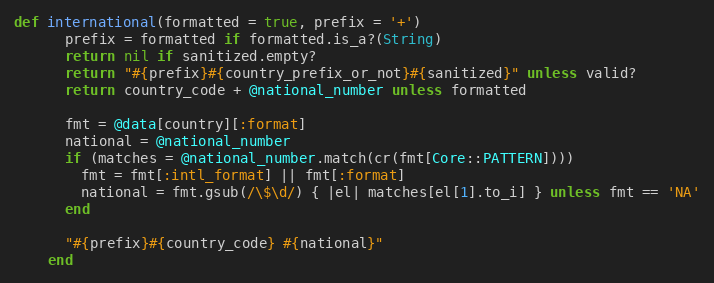
Language: Ruby
def international(formatted = true, prefix = '+')
      prefix = formatted if formatted.is_a?(String)
      return nil if sanitized.empty?
      return "#{prefix}#{country_prefix_or_not}#{sanitized}" unless valid?
      return country_code + @national_number unless formatted

      fmt = @data[country][:format]
      national = @national_number
      if (matches = @national_number.match(cr(fmt[Core::PATTERN])))
        fmt = fmt[:intl_format] || fmt[:format]
        national = fmt.gsub(/\$\d/) { |el| matches[el[1].to_i] } unless fmt == 'NA'
      end

      "#{prefix}#{country_code} #{national}"
    end